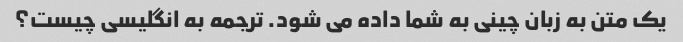
یک متن به زبان چینی به شما داده می شود. ترجمه به انگلیسی چیست؟